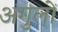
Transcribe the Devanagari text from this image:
अंगुलों